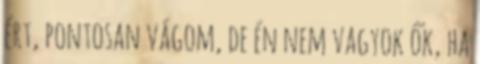
ért, pontosan vágom, de én nem vagyok ők, ha